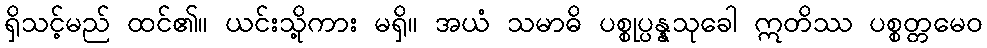
ရှိသင့်မည် ထင်၏။ ယင်းသို့ကား မရှိ။ အယံ သမာဓိ ပစ္စုပ္ပန္နသုခေါ ဣတိဿ ပစ္စတ္တမေဝ